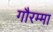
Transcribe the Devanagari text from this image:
गौरम्मा